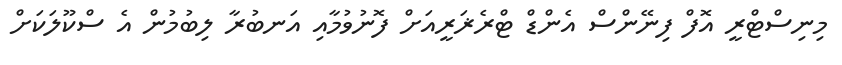
މިނިސްޓްރީ އޮފް ފިނޭންސް އެންޑް ޓްރެޜަރީއަށް ފޮނުވުމާއި އަނބުރާ ލިބުމުން އެ ސްކޫލަކަށް